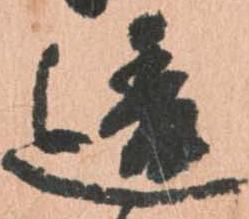
違